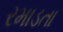
રમાડતા